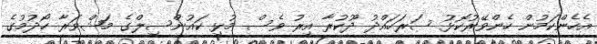
އެހެންކަމުން ހެންވޭރުކޮޅު ސަރަހައްދު ދޫކުރާ އިރު ވެސް މުޅި ކައުންސިލްގެ މަޝްވަރާ ހޯދުމުގެ